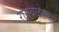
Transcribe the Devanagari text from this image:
रागवलेल्या